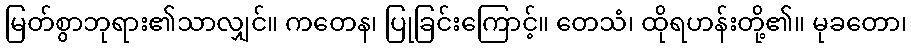
မြတ်စွာဘုရား၏သာလျှင်။ ကတေန၊ ပြုခြင်းကြောင့်။ တေသံ၊ ထိုရဟန်းတို့၏။ မုခတော၊